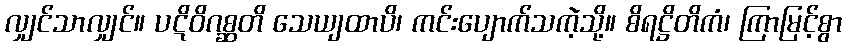
လျှင်သာလျှင်။ ပဋိဝိဂစ္ဆတိ သေယျထာပိ၊ ကင်းပျောက်သကဲ့သို့။ စိရဋ္ဌိတိကံ၊ ကြာမြင့်စွာ